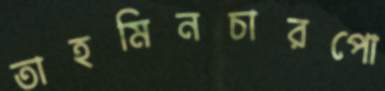
তাহমিনচারপো